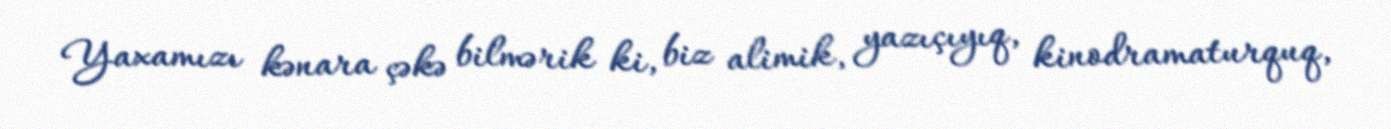
Yaxamızı kənara çəkə bilmərik ki, biz alimik, yazıçıyıq, kinodramaturquq,